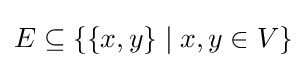
E\subseteq \{\{x,y\}\mid x,y\in V\}